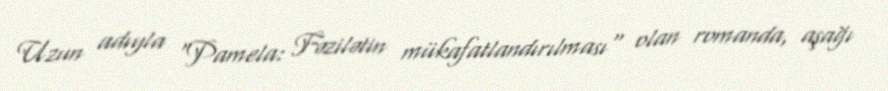
Uzun adıyla "Pamela: Fəzilətin mükafatlandırılması" olan romanda, aşağı